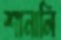
শানালি